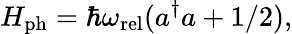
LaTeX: H_{\mathrm{ph}}=\hbar\omega_{\mathrm{rel}}(a^{\dagger}a+1/2),